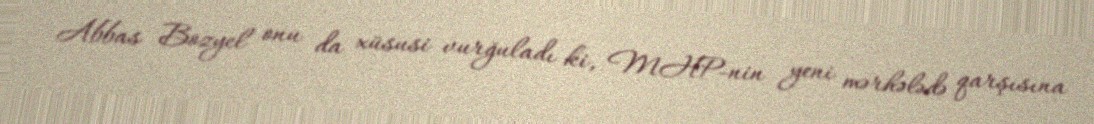
Abbas Bozyel onu da xüsusi vurğuladı ki, MHP-nin yeni mərhələdə qarşısına